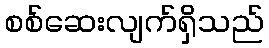
စစ်ဆေးလျက်ရှိသည်